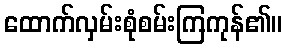
ထောက်လှမ်းစုံစမ်းကြကုန်၏။